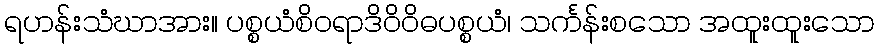
ရဟန်းသံဃာအား။ ပစ္စယံစိဝရာဒိဝိဝိဓပစ္စယံ၊ သင်္ကန်းစသော အထူးထူးသော